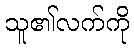
သူ၏လက်ကို